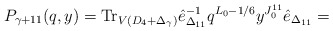
\begin{align*}P_{\gamma+11}(q,y) = \mbox{Tr}_{V(D_4+\Delta_{\gamma})} \hat{e}^{-1}_{\Delta_{11}} q^{L_0-1/6} y^{J^{11}_0} \hat{e}_{\Delta_{11}} =\end{align*}